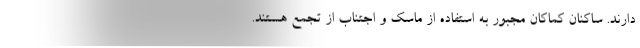
دارند. ساکنان کماکان مجبور به استفاده از ماسک و اجتناب از تجمع هستند.